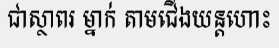
ជាស្ថាពរ ម្នាក់ តាមជើងយន្តហោះ